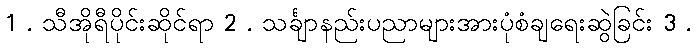
1 . သီအိုရီပိုင်းဆိုင်ရာ 2 . သင်္ချာနည်းပညာများအားပုံစံချရေးဆွဲခြင်း 3 .